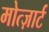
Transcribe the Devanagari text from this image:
मोत्ज़ार्ट